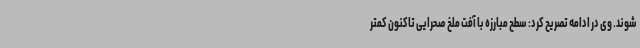
شوند. وی در ادامه تصریح کرد: سطح مبارزه با آفت ملخ صحرایی تاکنون کمتر